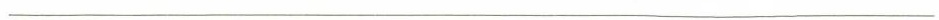
___